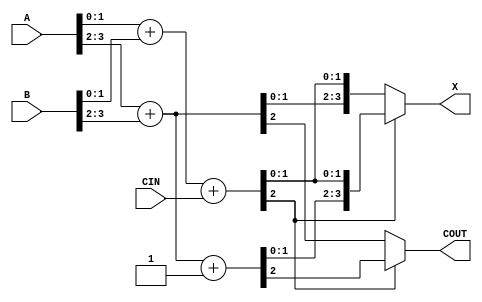
   module carry_skip_4(A, B, X, CIN, COUT);
        input [3:0]A, B;
        input CIN;
        output [3:0]X;
        output COUT;
        
        reg [3:0]X;
        reg [2:0]base;
        reg [2:0]ifzero;
        reg [2:0]ifone;
        reg COUT;
        
        always @(A or B or CIN)
        begin
                base = A[1:0] + B[1:0] + {1'b0, CIN};
                ifzero = A[3:2] + B[3:2];
                ifone = A[3:2] + B[3:2] + 2'b01;
                
                if(base[2])
                begin
                        X = {ifone[1:0], base[1:0]};
                        COUT = ifone[2];
                end
                else
                begin
                        X = {ifzero[1:0], base[1:0]};
                        COUT = ifzero[2];
                end
        end
   endmodule
   
module carry_skip_16(A, B, X, C_in, C_out);
        input [15:0]A, B;
        input C_in;
        //assign C_in = 0;
        output reg[15:0]X;
        wire [15:0]X1;
        output C_out; 
        wire [3:0]c_out;
        //wire overflow;
        carry_skip_4 add1 [3:0](.A(A), .B(B), .X(X1), .CIN({c_out[2:0],C_in}),.COUT(c_out[3:0]));
        assign C_out = c_out[3];
        //assign overflow = A[15]|B[15];
        
        always @(*)
        begin
          if (X1[15]==0 && A[15]==1&&B[15]==1)
          X=16'hffff; 
        else if (X1[15]==1 && A[15]==0&&B[15]==0 )
          X=16'h7fff;
          else X=X1;
          end
          
         
//        always @(*)
//        begin
//        if (A[15]==1&&B[15]==1&&X1[15]==1&&C_out==1)
//        assign X=16'hffff; 
//      else if (A[15]==0&&B[15]==0&&C_out==1)
//        assign X=16'h7fff;
//      else assign X=X1;
//     end 
      endmodule
   
  module t_carry_skip;
  reg [15:0]A,B;
  wire [15:0]X;
  reg C_in;
  wire C_out;
  carry_skip_16 DUT(.A(A), .B(B), .X(X), .C_in(C_in),.C_out(C_out));
  initial begin
   
    repeat(200) begin
      #10;
      A = $random;
      B = $random;
      C_in = 0;
//      A = 16'h7ffe;
//      B = 16'h7ffe;
//      C_in = 0;
    end
  end
  initial begin
    $monitor("A = %b, B= %b, P=%b",A,B,X);
  end
endmodule